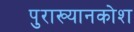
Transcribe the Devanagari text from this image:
पुराख्यानकोश